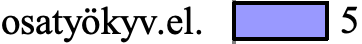
osatyökyv.el. 5